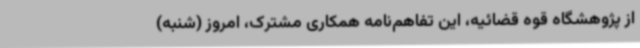
از پژوهشگاه قوه قضائیه، این تفاهم‌نامه همکاری مشترک، امروز (شنبه)